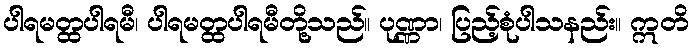
ပါရမတ္ထပါရမီ၊ ပါရမတ္ထပါရမီတို့သည်။ ပုဏ္ဏာ၊ ပြည့်စုံပါသနည်း။ ဣတိ